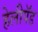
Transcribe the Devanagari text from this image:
हेलीपॅड